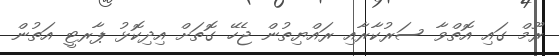
ރޫމް ގައި އޮތްވާ ސަރުކާރާއި ރައްޔިތުން ޖެހޭ ގޮތަށް އިދިކޮޅު ޕާރޓީ އަތުން